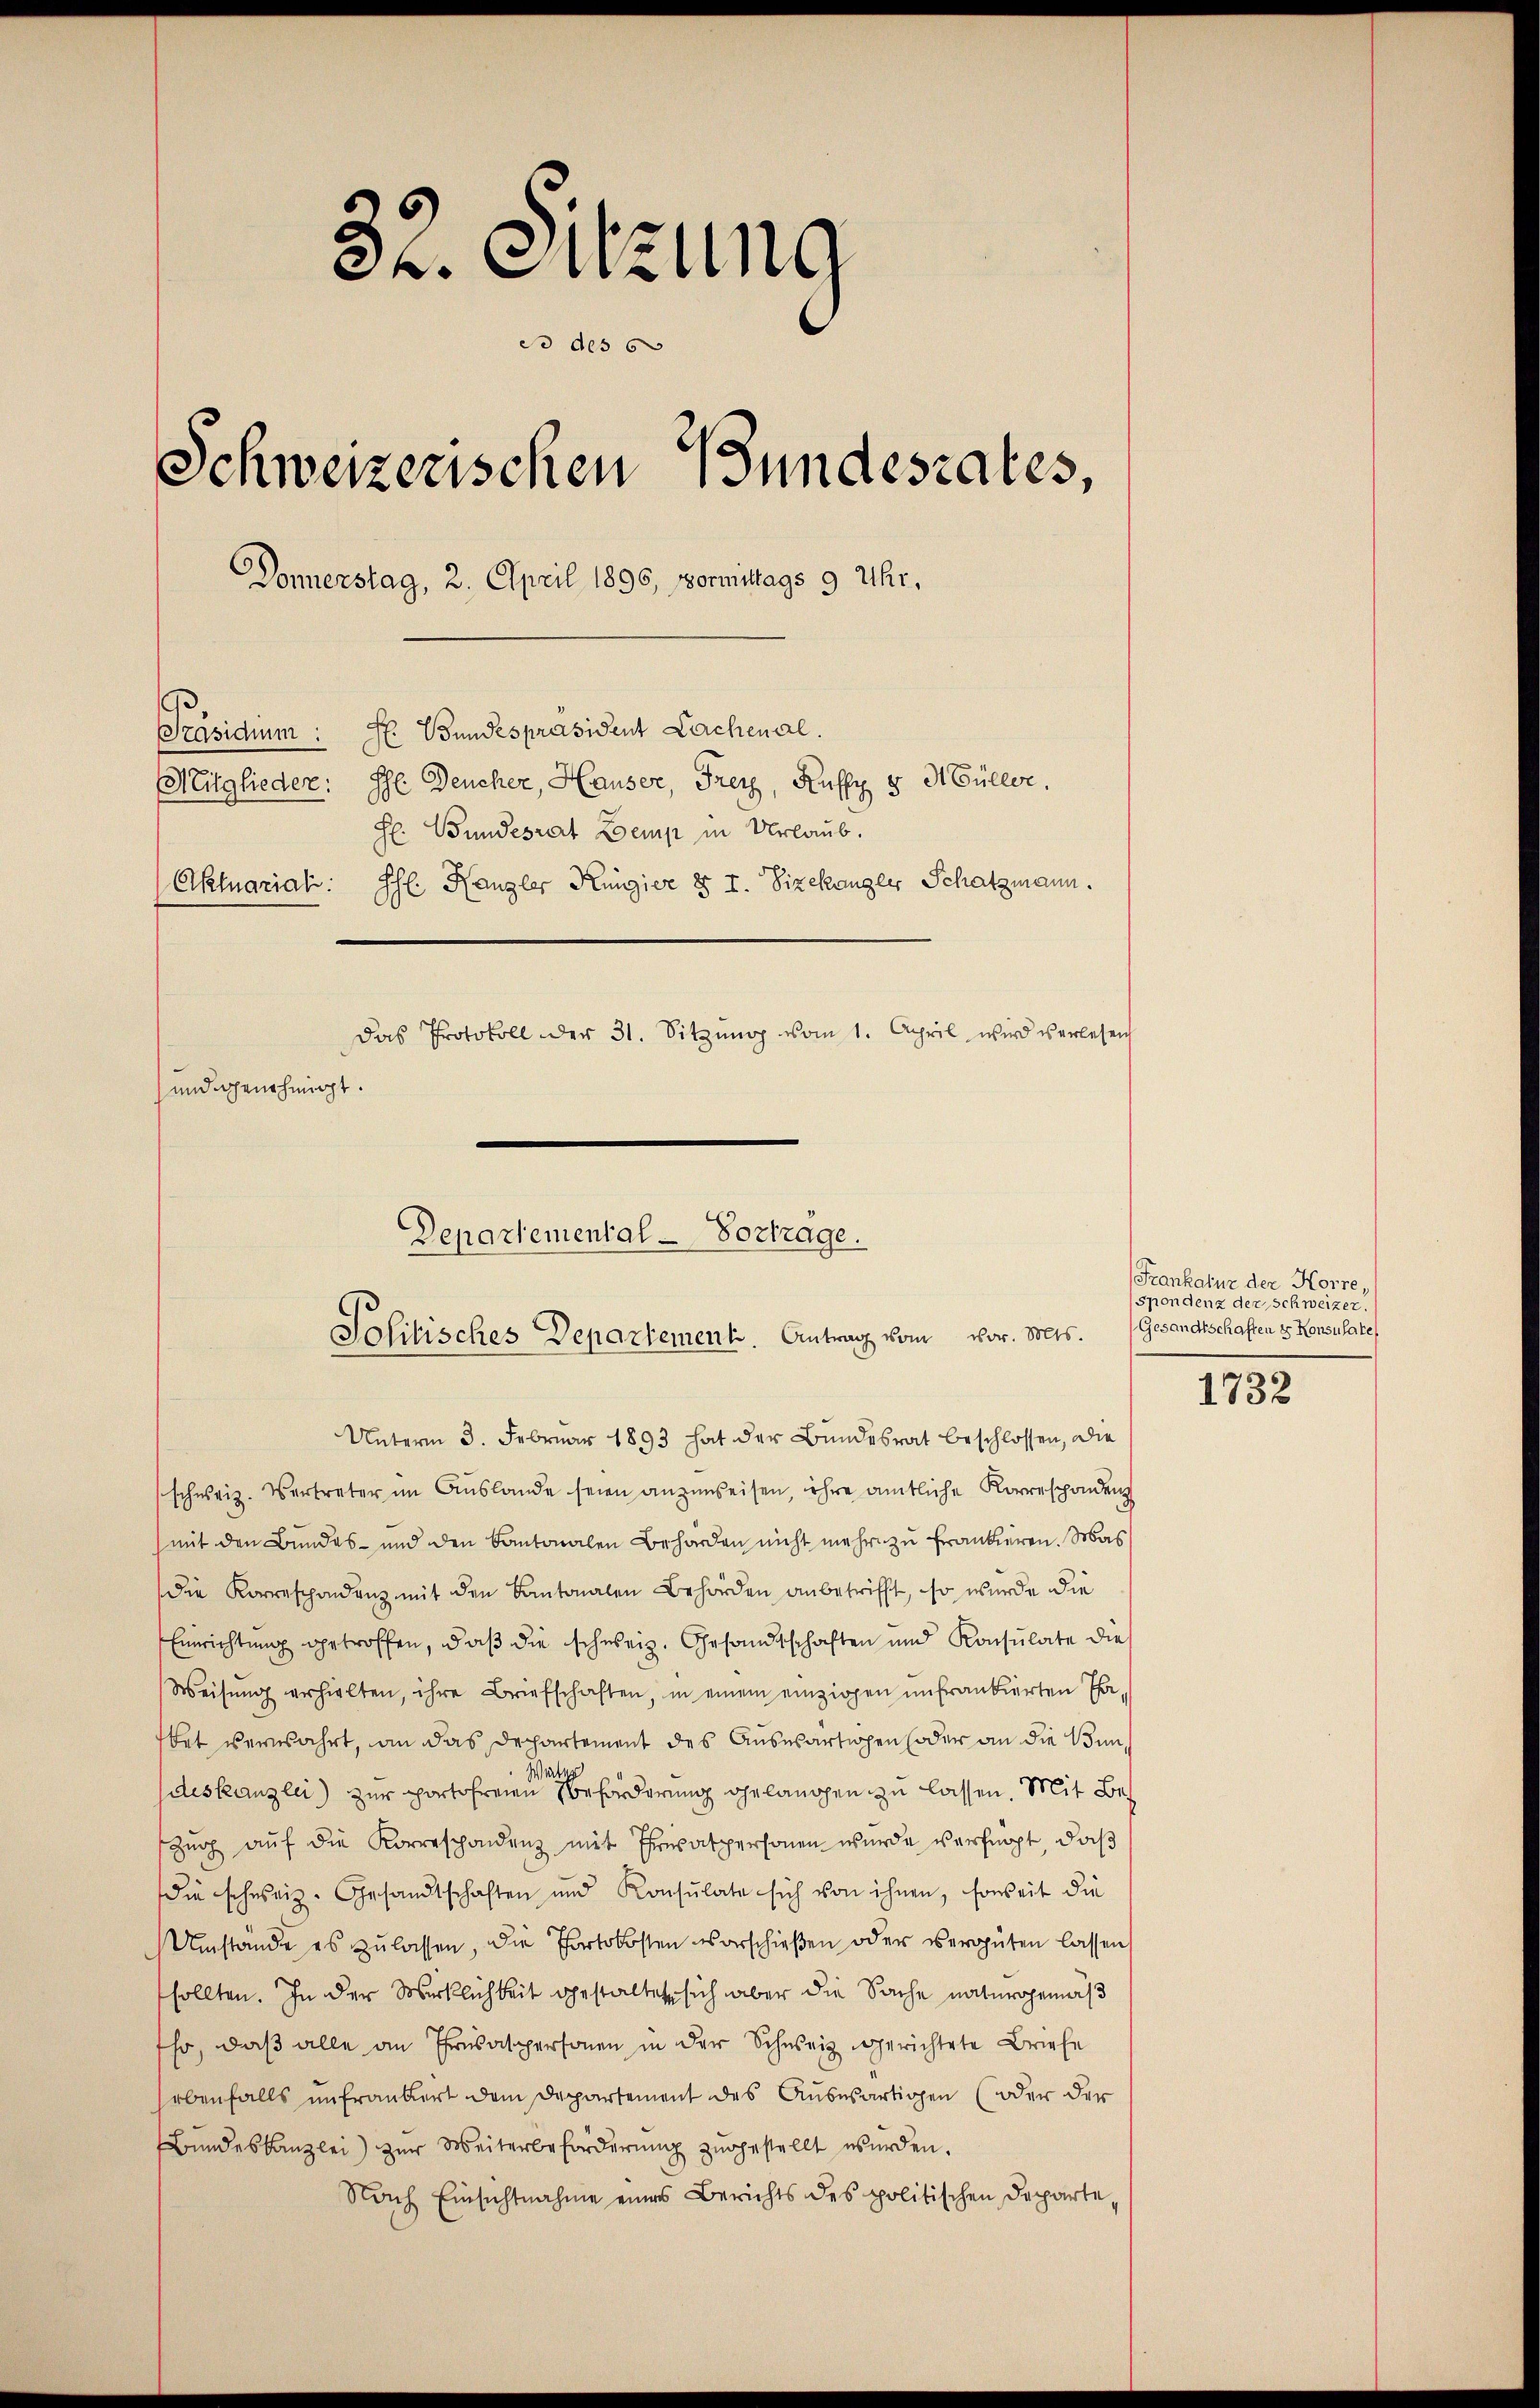
32. Sitzung
do des 6
Schweizerischen Bundesrates,
Donnerstag, 2. April 1896, Vormittags 9 Uhr,
H. Bundespräsident Lachenal.
Präsidium:
Mitglieder: Ihr Deucher, Hauser, Frey, Kully v. Müller.
H. Bundesrat Loemp in Urlaub.
Aktuarial. Ph. Kanzler Küngier § I. Vizekanzler Schatzmann.
Das Protokoll der 31. Sitzŭng vom 1. April wird verlesen
und genehmigt.

Departemental-Vortrage.
Solitisches Departement. Antrag vom vor. Mts. (Gesandtschaften & Konsulate

Unterm 3. Februar 1893 hat der Bundesrat beschlossen, die
schweiz. Vertreter im Auslande seien anzuweisen, ihre amtliche Korrespondenz
mit den Bundes- und den Kantonalen Behörden nicht mehr zu frankieren. Mas
die Korrespondenz mit den Kantonalen Behörden anbetrifft, so wurde die
Einrichtung getroffen, daß die schweiz. Gesandtschaften und Konsulate die
Weisŭng erhielten, ihre Briefschaften, in einem einzigen unfrankierten Cha-
tet verwahrt, an das Departement des Auswärtigen oder an die Bun¬
Weit
deskanzlei zur portofreien beförderung gelangen zu lassen. Mit Be¬
Zŭg aŭf die Korreschondenz mit Trepatpersonen wurde verfügt, daß
die schweiz. Gesandtschaften und Konsulate sich von ihnen, soweit die
Umstände es zulassen, die Portokosten vorschießen oder vergüten lassens
sollten. In der Wirklichkeit gestaltet, sich aber die Sache naturgemeß
sho, daß alle an Trasaspersonen in der Schweiz gerichtete Briefe
ebenfalls unfraubert dem Departement des Auswärtigen (oder der
Bŭndeskanzlei zŭr Weiterbeförderŭng zugestellt wurden.
Nach Einsichtnahme eines Berichts des politischen Departe,

Frankatur der Korre,
(spondenz der Schweizer.

1732